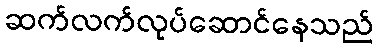
ဆက်လက်လုပ်ဆောင်နေသည်